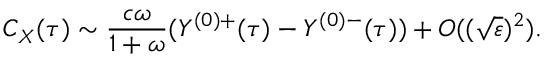
C _ { X } ( \tau ) \sim \frac { c \omega } { 1 + \omega } ( Y ^ { ( 0 ) + } ( \tau ) - Y ^ { ( 0 ) - } ( \tau ) ) + O ( ( \sqrt { \varepsilon } ) ^ { 2 } ) .